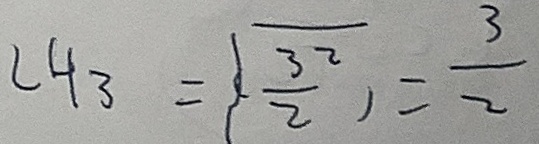
2 4 3 = \sqrt { ( \frac { 3 2 } { 2 } ) } = \frac { 3 } { 2 }